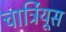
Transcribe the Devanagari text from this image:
चार्ट्रियूस